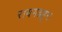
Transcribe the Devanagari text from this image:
रायगढहून